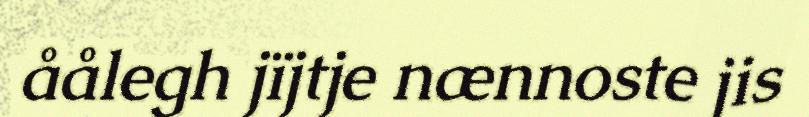
åålegh jïjtje nænnoste jis